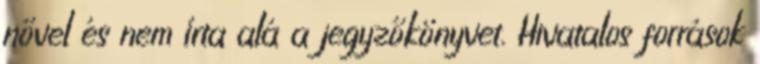
nővel és nem írta alá a jegyzőkönyvet. Hivatalos források